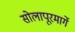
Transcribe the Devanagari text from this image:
सोलापूरमार्गे